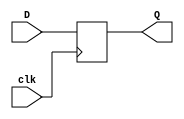
module PIPO_reg(D, clk, Q);
	input [3:0]D;
	input clk;
	output reg [3:0]Q;
	always@(posedge clk)
		begin
			Q[0]<=D[0];
			Q[1]<=D[1];
			Q[2]<=D[2];
			Q[3]<=D[3];  // We can also assign Q<=D
		end
	
endmodule